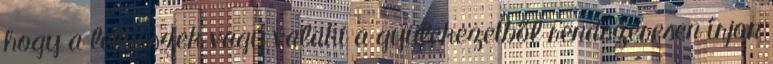
hogy a lelkészek vagy valaki a gyülekezetből rendszeresen írjon